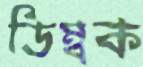
ডিম্বক